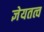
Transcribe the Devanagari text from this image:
ज्ञेयतत्व